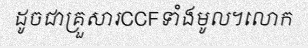
ដូចជាគ្រួសារCCFទាំងមូល។លោក